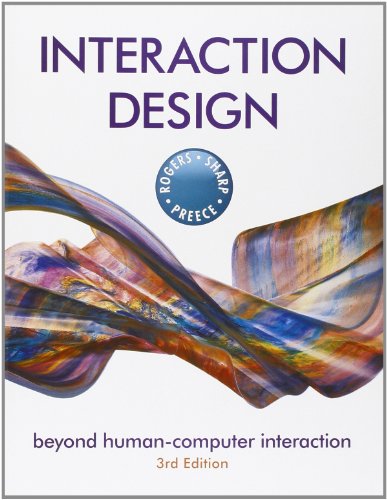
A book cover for Interaction Design: Beyond Human - Computer Interaction; Yvonne Rogers; Computers & Technology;